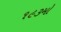
૧૯૩મો